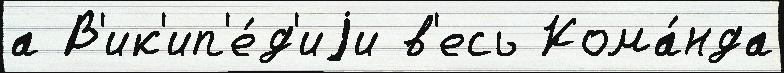
а В'ик'ип'е́д'иjи в'есь Кома́нда